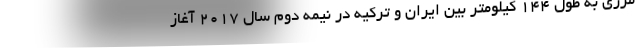
مرزی به طول ۱۴۴ کیلومتر بین ایران و ترکیه در نیمه دوم سال ۲۰۱۷ آغاز